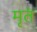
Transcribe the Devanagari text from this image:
मृतं